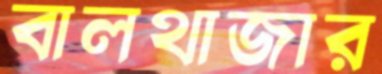
বালথাজার